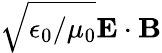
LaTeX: \sqrt{\epsilon_{0}/\mu_{0}}\mathbf{E}\cdot\mathbf{B}